Lunatic asylums Madras 1877-1891 - 1877-1891
Year: 1877
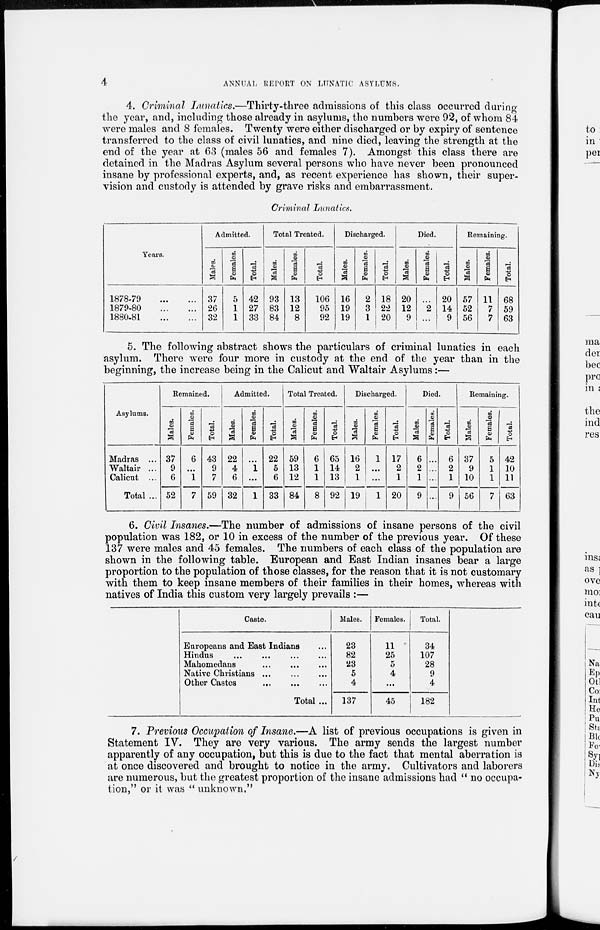
4
ANNUAL REPORT ON LUNATIC ASYLUMS.
4. Criminal Lunatics.—Thirty-three admissions of this class occurred during
the year, and, including those already in asylums, the numbers were 92, of whom 84
were males and 8 females. Twenty were either discharged or by expiry of sentence
transferred to the class of civil lunatics, and nine died, leaving the strength at the
end of the year at 63 (males 56 and females 7). Amongst this class there are
detained in the Madras Asylum several persons who have never been pronounced
insane by professional experts, and, as recent experience has shown, their super-
vision and custody is attended by grave risks and embarrassment.
Criminal Lunatics.
Years.
1878-79
...
...
1879-80
...
...
1880-81
...
...
Admitted.
Males.
37
26
32
Females.
5
1
1
Total.
42
27
33
Total Treated.
Males.
93
83
84
Females.
13
12
8
Total.
106
95
92
Discharged.
Males.
16
19
19
Females.
2
3
1
Total.
18
22
20
Died.
Males.
20
12
9
Females.
...
2
...
Total.
20
14
9
Remaining.
Males.
57
52
56
Females.
11
7
7
Total.
68
59
63
5. The following abstract shows the particulars of criminal lunatics in each
asylum. There were four more in custody at the end of the year than in the
beginning, the increase being in the Calicut and Waltair Asylums :—
Asylums.
Madras ...
Waltair ...
Calicut ...
Total ...
Remained.
Males.
37
9
6
52
Females.
6
...
1
7
Total.
43
9
7
59
Admitted.
Males.
22
4
6
32
Females.
...
1
...
1
Total.
22
5
6
33
Total Treated.
Males.
59
13
12
84
Females.
6
1
1
8
Total.
65
14
13
92
Discharged.
Males.
16
2
1
19
Females.
1
...
...
1
Total.
17
2
1
20
Died.
Males.
6
2
1
9
Females.
...
...
...
...
Total.
6
2
1
9
Remaining.
Males.
37
9
10
56
Females.
5
1
1
7
Total.
42
10
11
63
6. Civil Insanes.—The number of admissions of insane persons of the civil
population was 182, or 10 in excess of the number of the previous year. Of these
137 were males and 45 females. The numbers of each class of the population are
shown in the following table. European and East Indian insanes bear a large
proportion to the population of those classes, for the reason that it is not customary
with them to keep insane members of their families in their homes, whereas with
natives of India this custom very largely prevails :—
Caste.
Europeans and East Indians ...
Hindus
...
...
...
...
Mahomedans ... ... ...
Native Christians ... ... ...
Other Castes
...
...
...
Total ...
Males.
23
82
23
5
4
137
Females.
11
25
5
4
...
45
Total.
34
107
28
9
4
182
7. Previous Occupation of Insane.—A list of previous occupations is given in
Statement IV. They are very various. The army sends the largest number
apparently of any occupation, but this is due to the fact that mental aberration is
at once discovered and brought to notice in the army. Cultivators and laborers
are numerous, but the greatest proportion of the insane admissions had "no occupa-
tion," or it was "unknown."